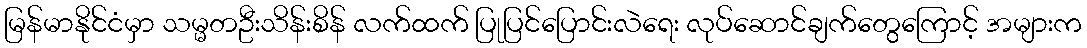
မြန်မာနိုင်ငံမှာ သမ္မတဦးသိန်းစိန် လက်ထက် ပြုပြင်ပြောင်းလဲရေး လုပ်ဆောင်ချက်တွေကြောင့် အများက